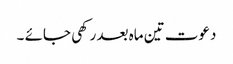
دعوت تین ماہ بعد رکھی جائے ۔